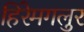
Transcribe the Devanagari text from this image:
हिरेमगलुर